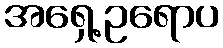
အရှေ့ဥရောပ